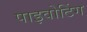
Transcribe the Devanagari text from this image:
पाइवोटिंग